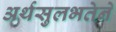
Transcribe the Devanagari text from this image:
अर्थसुलभतेने